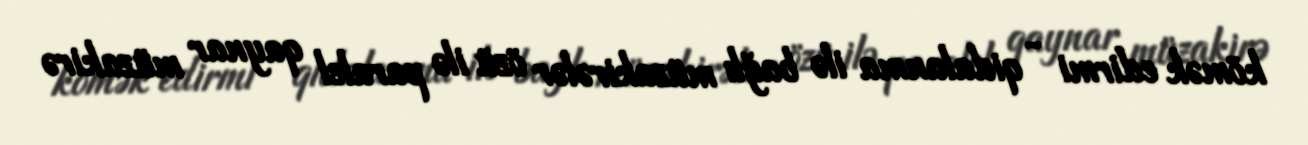
kömək edirmi - qidalanma ilə bağlı müzakirələr özü ilə paralel qaynar müzakirə